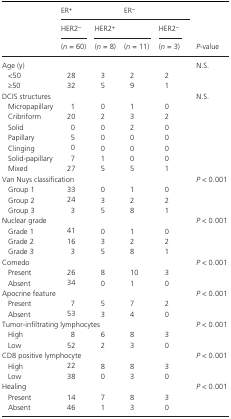
<table><thead><tr><td></td><td colspan="2"><b>ER<sup>+</sup></b></td><td colspan="2"><b>ER<sup>−</sup></b></td><td rowspan="3"><b><i>P</i>‐value</b></td></tr><tr><td></td><td><b>HER2<sup>−</sup></b></td><td colspan="2"><b>HER2<sup>+</sup></b></td><td><b>HER2<sup>−</sup></b></td></tr><tr><td></td><td><b>(<i>n </i>= 60)</b></td><td><b>(<i>n </i>= 8)</b></td><td><b>(<i>n </i>= 11)</b></td><td><b>(<i>n </i>= 3)</b></td></tr></thead><tbody><tr><td colspan="5">Age (y)</td><td>N.S.</td></tr><tr><td>&lt;50</td><td>28</td><td>3</td><td>2</td><td>2</td><td></td></tr><tr><td>≥50</td><td>32</td><td>5</td><td>9</td><td>1</td><td></td></tr><tr><td colspan="5">DCIS structures</td><td>N.S.</td></tr><tr><td>Micropapillary</td><td>1</td><td>0</td><td>1</td><td>0</td><td></td></tr><tr><td>Cribriform</td><td>20</td><td>2</td><td>3</td><td>2</td><td></td></tr><tr><td>Solid</td><td>0</td><td>0</td><td>2</td><td>0</td><td></td></tr><tr><td>Papillary</td><td>5</td><td>0</td><td>0</td><td>0</td><td></td></tr><tr><td>Clinging</td><td>0</td><td>0</td><td>0</td><td>0</td><td></td></tr><tr><td>Solid‐papillary</td><td>7</td><td>1</td><td>0</td><td>0</td><td></td></tr><tr><td>Mixed</td><td>27</td><td>5</td><td>5</td><td>1</td><td></td></tr><tr><td colspan="5">Van Nuys classification</td><td><i>P</i> &lt; 0.001</td></tr><tr><td>Group 1</td><td>33</td><td>0</td><td>1</td><td>0</td><td></td></tr><tr><td>Group 2</td><td>24</td><td>3</td><td>2</td><td>2</td><td></td></tr><tr><td>Group 3</td><td>3</td><td>5</td><td>8</td><td>1</td><td></td></tr><tr><td colspan="5">Nuclear grade</td><td><i>P</i> &lt; 0.001</td></tr><tr><td>Grade 1</td><td>41</td><td>0</td><td>1</td><td>0</td><td></td></tr><tr><td>Grade 2</td><td>16</td><td>3</td><td>2</td><td>2</td><td></td></tr><tr><td>Grade 3</td><td>3</td><td>5</td><td>8</td><td>1</td><td></td></tr><tr><td>Comedo</td><td></td><td></td><td></td><td></td><td><i>P</i> &lt; 0.001</td></tr><tr><td>Present</td><td>26</td><td>8</td><td>10</td><td>3</td><td></td></tr><tr><td>Absent</td><td>34</td><td>0</td><td>1</td><td>0</td><td></td></tr><tr><td colspan="5">Apocrine feature</td><td><i>P</i> &lt; 0.001</td></tr><tr><td>Present</td><td>7</td><td>5</td><td>7</td><td>2</td><td></td></tr><tr><td>Absent</td><td>53</td><td>3</td><td>4</td><td>0</td><td></td></tr><tr><td colspan="5">Tumor‐infiltrating lymphocytes</td><td><i>P</i> &lt; 0.001</td></tr><tr><td>High</td><td>8</td><td>6</td><td>8</td><td>3</td><td></td></tr><tr><td>Low</td><td>52</td><td>2</td><td>3</td><td>0</td><td></td></tr><tr><td colspan="5">CD8 positive lymphocyte</td><td><i>P</i> &lt; 0.001</td></tr><tr><td>High</td><td>22</td><td>8</td><td>8</td><td>3</td><td></td></tr><tr><td>Low</td><td>38</td><td>0</td><td>3</td><td>0</td><td></td></tr><tr><td colspan="5">Healing</td><td><i>P</i> &lt; 0.001</td></tr><tr><td>Present</td><td>14</td><td>7</td><td>8</td><td>3</td><td></td></tr><tr><td>Absent</td><td>46</td><td>1</td><td>3</td><td>0</td><td></td></tr></tbody></table>